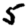
Digit: 5